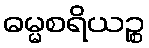
ဓမ္မစရိယဉ္စ